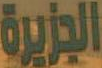
الجزيرة